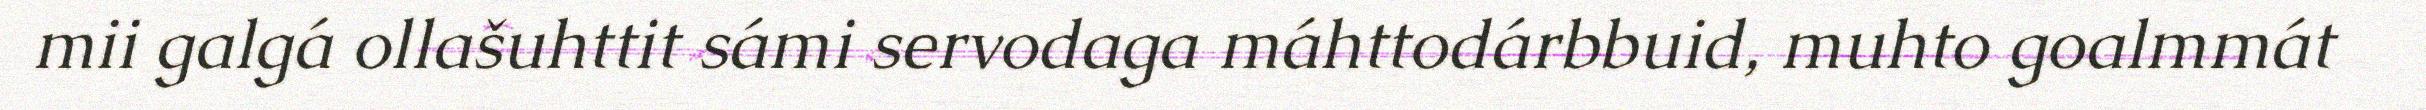
mii galgá ollašuhttit sámi servodaga máhttodárbbuid, muhto goalmmát